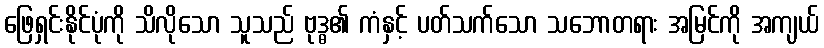
ဖြေရှင်းနိုင်ပုံကို သိလိုသော သူသည် ဗုဒ္ဓ၏ ကံနှင့် ပတ်သက်သော သဘောတရား အမြင်ကို အကျယ်